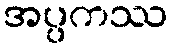
အပ္ပကဿ